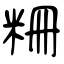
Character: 粣